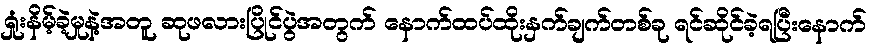
ရှုံးနိမ့်ခဲ့မှုနဲ့အတူ ဆုဖလားပြိုင်ပွဲအတွက် နောက်ထပ်ထိုးနှက်ချက်တစ်ခု ရင်ဆိုင်ခဲ့ရပြီးနောက်